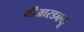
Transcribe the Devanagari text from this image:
बीआरडब्ल्यू